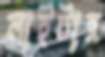
লাইটার